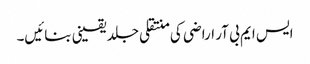
ایس ایم بی آر اراضی کی منتقلی جلد یقینی بنائیں۔